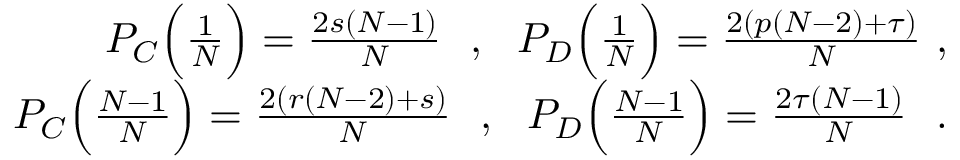
\begin{array} { r } { P _ { C } \Big ( \frac { 1 } { N } \Big ) = \frac { 2 s ( N - 1 ) } { N } ~ ~ , ~ ~ P _ { D } \Big ( \frac { 1 } { N } \Big ) = \frac { 2 ( p ( N - 2 ) + \tau ) } { N } ~ , } \\ { P _ { C } \Big ( \frac { N - 1 } { N } \Big ) = \frac { 2 ( r ( N - 2 ) + s ) } { N } ~ ~ , ~ ~ P _ { D } \Big ( \frac { N - 1 } { N } \Big ) = \frac { 2 \tau ( N - 1 ) } { N } ~ ~ . } \end{array}